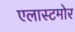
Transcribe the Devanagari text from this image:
एलास्टमोर